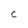
Character: C